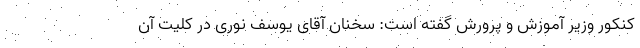
کنکور وزیر آموزش و پرورش گفته است: سخنان آقای یوسف نوری در کلیت آن